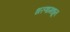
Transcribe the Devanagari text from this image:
धरणामधून